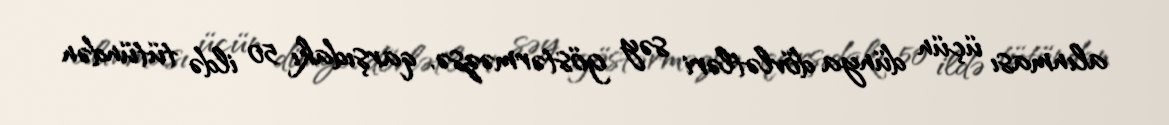
alınması üçün dünya dövlətləri səy göstərməzsə, qarşıdakı 50 ildə tütündən